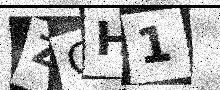
Text: ZCH1